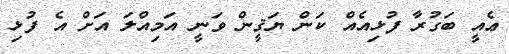
ޢެެއީ ބަގުރާ ފުޅިއެއް ކަން ޔަޤީން ވަނީ އަމިއްލަ އަށް އެ ފުޅި